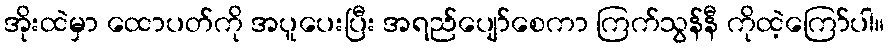
အိုးထဲမှာ ထောပတ်ကို အပူပေးပြီး အရည်ပျော်စေကာ ကြက်သွန်နီ ကိုထဲ့ကြော်ပါ။